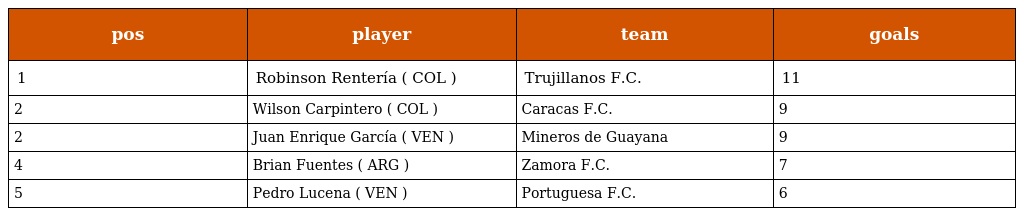
| pos | player | team | goals |
 | --- | --- | --- | --- |
 | 1 | Robinson Rentería ( COL ) | Trujillanos F.C. | 11 |
 | 2 | Wilson Carpintero ( COL ) | Caracas F.C. | 9 |
 | 2 | Juan Enrique García ( VEN ) | Mineros de Guayana | 9 |
 | 4 | Brian Fuentes ( ARG ) | Zamora F.C. | 7 |
 | 5 | Pedro Lucena ( VEN ) | Portuguesa F.C. | 6 |